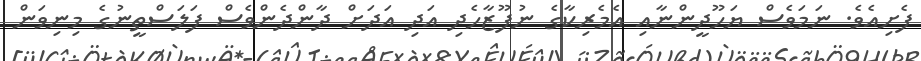
ފެށިއެވެ. ނަމަވެސް ޔަހޫދީންނާއި އެމެރިކާގެ ނުފޫޒާހެދި އަދި އަދަށް ދާންދެންވެސް ފަލަސްތީނުގެ މިނިވަން